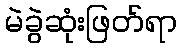
မဲခွဲဆုံးဖြတ်ရာ